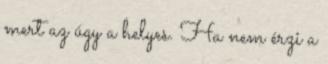
mert az úgy a helyes. Ha nem érzi a